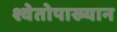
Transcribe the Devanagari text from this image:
श्वेतोपाख्यान